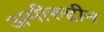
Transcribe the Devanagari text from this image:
अमीरुद्दीन